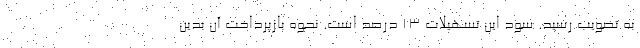
به تصویب رسید. سود این تسهیلات ۱۳ درصد است. نحوه بازپرداخت آن بدین